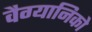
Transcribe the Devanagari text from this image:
वैग्यानिको